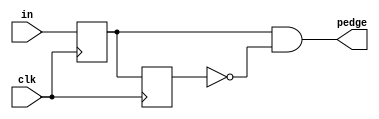
module top_module (
    input clk,
    input [7:0] in,
    output [7:0] pedge
);
    reg [7:0] in_dly;
    reg [7:0] in_dly_2;
    
    always @(posedge clk) begin
        in_dly <= in;
        in_dly_2 <= in_dly;
    end
    
    assign pedge = in_dly & ~in_dly_2;

endmodule